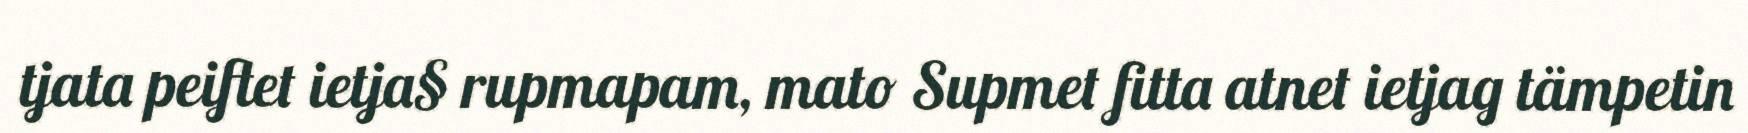
tjata peiftet ietja§ rupmapam, mato Supmet fitta atnet ietjag tämpetin